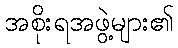
အစိုးရအဖွဲ့များ၏